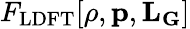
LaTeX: F_{\mathrm{LDFT}}[\rho,\mathbf{p},\mathbf{L}_{\mathbf{G}}]